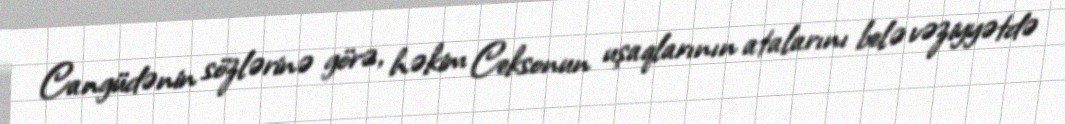
Cangüdənin sözlərinə görə, həkim Ceksonun uşaqlarının atalarını belə vəziyyətdə